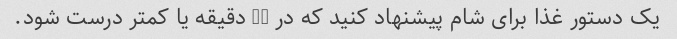
یک دستور غذا برای شام پیشنهاد کنید که در 30 دقیقه یا کمتر درست شود.